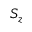
S _ { z }